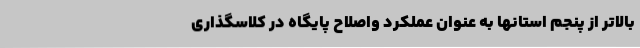
بالاتر از پنجم استانها به عنوان عملکرد واصلاح پایگاه در کلاسگذاری